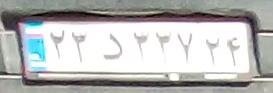
۲۳د۲۲۷۲۴